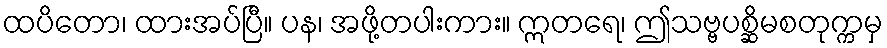
ထပိတော၊ ထားအပ်ပြီ။ ပန၊ အဖို့တပါးကား။ ဣတရေ၊ ဤသဗ္ဗပစ္ဆိမစတုက္ကမှ